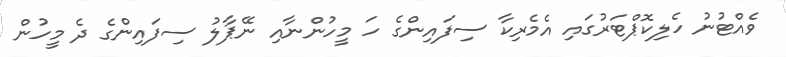
ވެއްޓުނު ހެލިކޮޕްޓަރުގައި އެމެރިކާ ސިފައިންގެ ހަ މީހުންނާއި ނޭޕާލު ސިފައިންގެ ދެ މީހުން